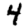
Digit: 4